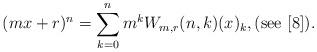
LaTeX: \begin{align*}(mx+r)^n = \sum_{k=0}^n m^k W_{m,r}(n,k) (x)_k,(\textnormal{see} \,\, [8]).\end{align*}